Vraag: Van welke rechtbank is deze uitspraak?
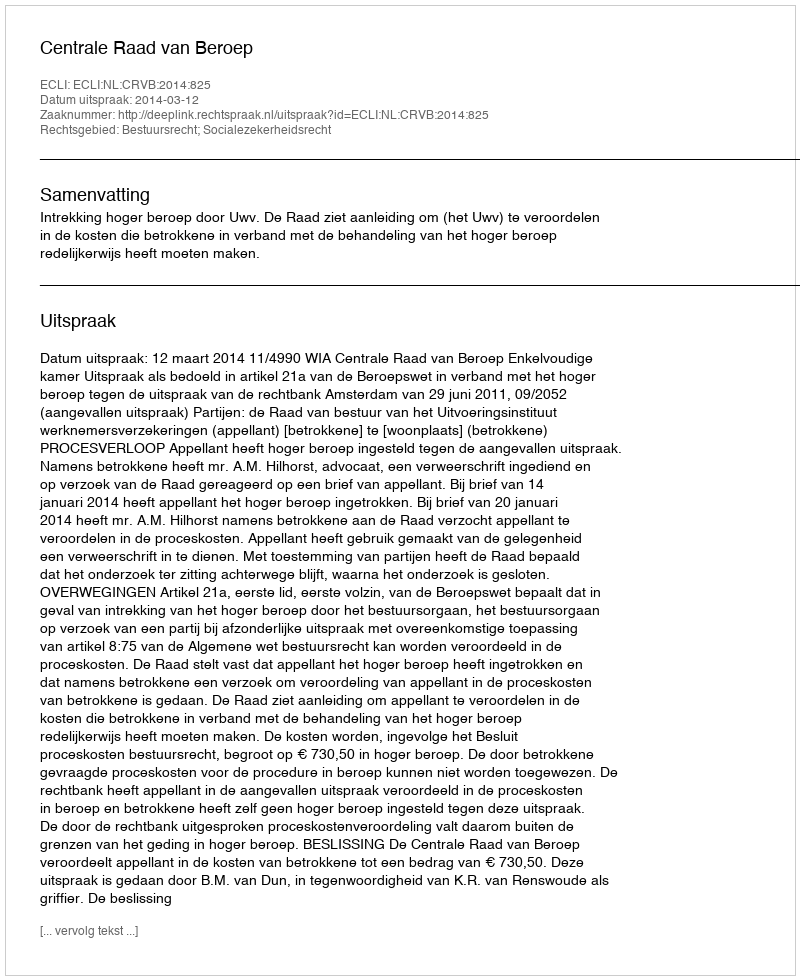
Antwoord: Centrale Raad van Beroep